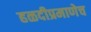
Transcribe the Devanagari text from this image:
हळदीप्रमाणेच